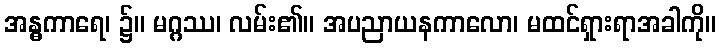
အန္ဓကာရေ၊ ၌။ မဂ္ဂဿ၊ လမ်း၏။ အပညာယနကာလော၊ မထင်ရှားရာအခါကို။